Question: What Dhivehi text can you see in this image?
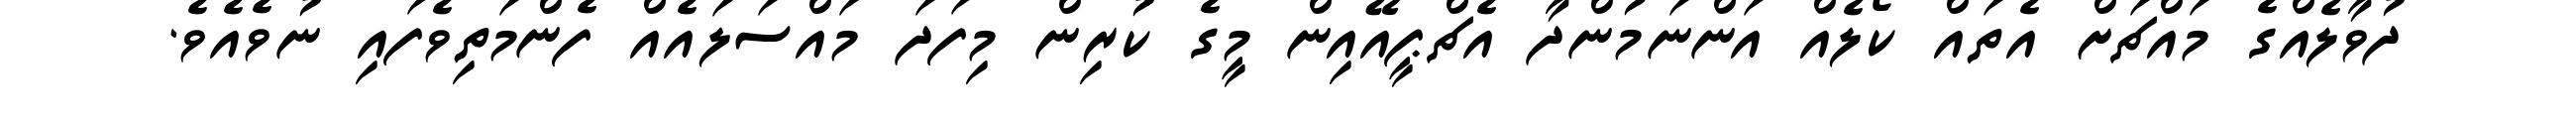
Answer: ދުވާލެއްގެ މައްޗަށް އެތައް ކޯލެއް އަންނަމުންދާ އެޗްޕީއޭއިން މީގެ ކުރިން މިފަދަ މައްސަލައެއް ފެންމަތިވެފައި ނުވެއެވެ.